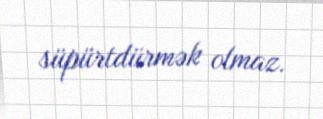
süpürtdürmək olmaz.